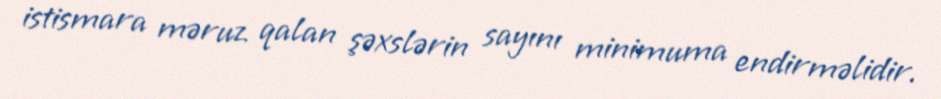
istismara məruz qalan şəxslərin sayını minimuma endirməlidir.